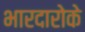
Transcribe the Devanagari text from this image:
भारदारोके